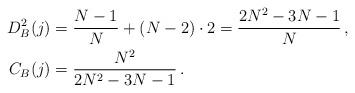
LaTeX: \begin{align*}D^2_B(j)&=\frac{N-1}{N}+(N-2)\cdot 2=\frac{2N^2-3N-1}{N}\,,\\C_B(j)&=\frac{N^2}{2N^2-3N-1}\,.\end{align*}